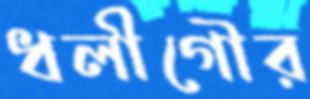
ধলীগৌর